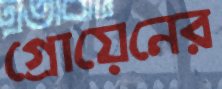
গ্রোয়েনের